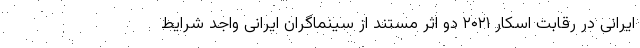
ایرانی در رقابت اسکار ۲۰۲۱ دو اثر مستند از سینماگران ایرانی واجد شرایط